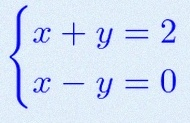
\begin{cases}x+y=2\\x-y=0\end{cases}